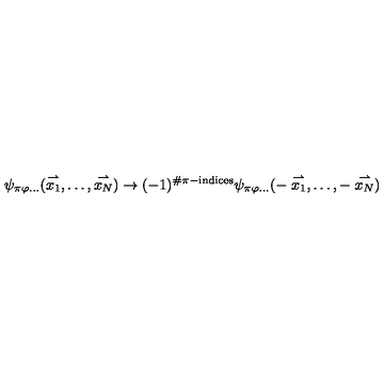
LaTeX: \psi _ { \pi \varphi \ldots } ( \stackrel { \rightharpoonup } { x _ { 1 } } , \ldots , \stackrel { \rightharpoonup } { x _ { N } } ) \rightarrow ( - 1 ) ^ { \# \pi - \mathrm { i n d i c e s } } \psi _ { \pi \varphi \ldots } ( - \stackrel { \rightharpoonup } { x _ { 1 } } , \ldots , - \stackrel { \rightharpoonup } { x _ { N } } )